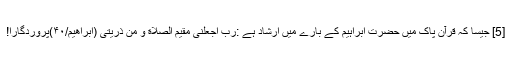
[5] جیسا کہ قرآن پاک میں حضرت ابراہیم کے بارے میں ارشاد ہے :رَبِّ اجْعَلْنِی مُقیمَ الصَّلاَةِ وَ مِن ذُرِّیتِی (ابراهیم/۴۰)پروردگارا!